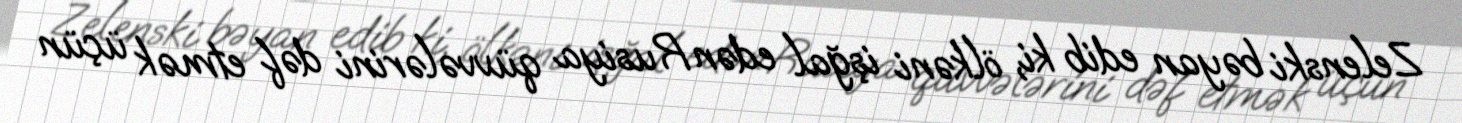
Zelenski bəyan edib ki, ölkəni işğal edən Rusiya qüvvələrini dəf etmək üçün